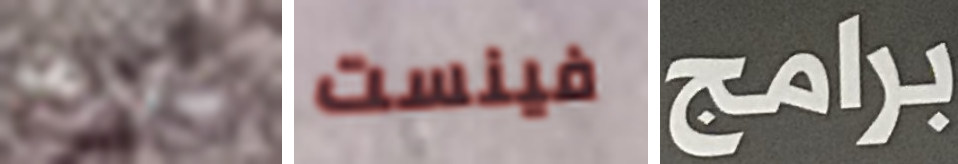
صورهم فينست برامج